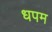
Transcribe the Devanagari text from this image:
धपम